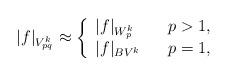
LaTeX: \begin{align*} |f|_{V_{pq}^k}\approx \left\{ \begin{array}{lcl} |f|_{W_p^k} & & p>1,\\ |f|_{BV^k} & & p=1, \end{array} \right.\end{align*}